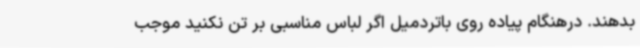
بدهند. درهنگام پیاده روی باتردمیل اگر لباس مناسبی بر تن نکنید موجب